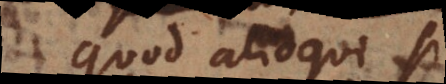
quod alioqui si